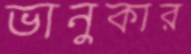
ভানুকার